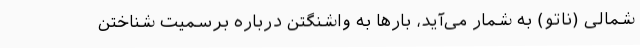
شمالی (ناتو) به شمار می‌آید، بارها به واشنگتن درباره برسمیت شناختن